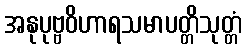
အနုပုဗ္ဗဝိဟာရသမာပတ္တိသုတ္တံ